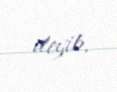
deyib.